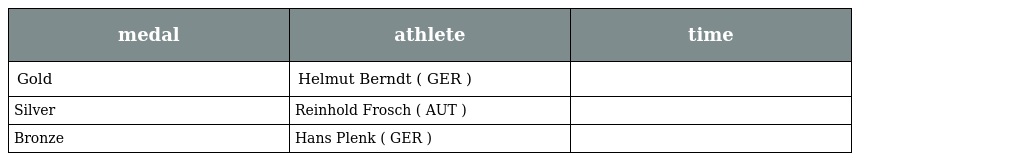
| medal | athlete | time |
 | --- | --- | --- |
 | Gold | Helmut Berndt ( GER ) |  |
 | Silver | Reinhold Frosch ( AUT ) |  |
 | Bronze | Hans Plenk ( GER ) |  |